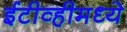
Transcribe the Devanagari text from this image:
ईटीव्हीमध्ये